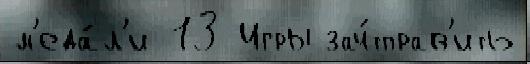
м'еда́л'и 13 Игры зач́тправ'ить